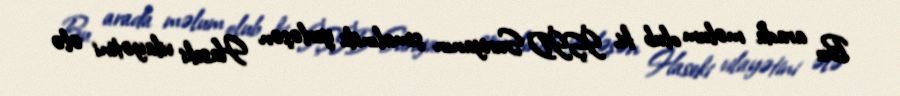
Bu arada məlum olub ki, İŞİD Suriyanın şimalında yerləşən Haseki vilayətini ələ